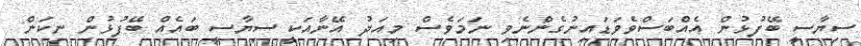
ސިޔާސީ ބޭފުޅުން އެއްބަސްވެވަޑައިނުގެންނެވި ނަމަވެސް މިއަދު އޭނާއަކީ ސިޔާސީ ބައެއް ބޭފުޅުން ނިކަން